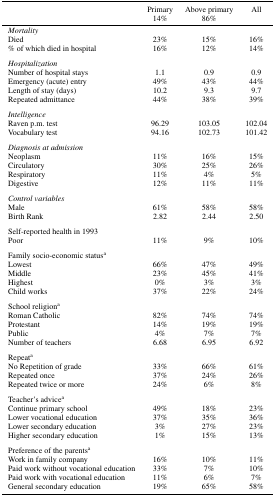
<table><thead><tr><td></td><td><b>Primary</b></td><td><b>Above primary</b></td><td><b>All</b></td></tr><tr><td></td><td><b>14%</b></td><td><b>86%</b></td><td></td></tr></thead><tbody><tr><td><i>Mortality</i></td><td></td><td></td><td></td></tr><tr><td>Died</td><td>23%</td><td>15%</td><td>16%</td></tr><tr><td>% of which died in hospital</td><td>16%</td><td>12%</td><td>14%</td></tr><tr><td><i>Hospitalization</i></td><td></td><td></td><td></td></tr><tr><td>Number of hospital stays</td><td>1.1</td><td>0.9</td><td>0.9</td></tr><tr><td>Emergency (acute) entry</td><td>49%</td><td>43%</td><td>44%</td></tr><tr><td>Length of stay (days)</td><td>10.2</td><td>9.3</td><td>9.7</td></tr><tr><td>Repeated admittance</td><td>44%</td><td>38%</td><td>39%</td></tr><tr><td><i>Intelligence</i></td><td></td><td></td><td></td></tr><tr><td>Raven p.m. test</td><td>96.29</td><td>103.05</td><td>102.04</td></tr><tr><td>Vocabulary test</td><td>94.16</td><td>102.73</td><td>101.42</td></tr><tr><td><i>Diagnosis at admission</i></td><td></td><td></td><td></td></tr><tr><td>Neoplasm</td><td>11%</td><td>16%</td><td>15%</td></tr><tr><td>Circulatory</td><td>30%</td><td>25%</td><td>26%</td></tr><tr><td>Respiratory</td><td>11%</td><td>4%</td><td>5%</td></tr><tr><td>Digestive</td><td>12%</td><td>11%</td><td>11%</td></tr><tr><td><i>Control variables</i></td><td></td><td></td><td></td></tr><tr><td>Male</td><td>61%</td><td>58%</td><td>58%</td></tr><tr><td>Birth Rank</td><td>2.82</td><td>2.44</td><td>2.50</td></tr><tr><td>Self‐reported health in 1993</td><td></td><td></td><td></td></tr><tr><td>Poor</td><td>11%</td><td>9%</td><td>10%</td></tr><tr><td>Family socio‐economic statusa</td><td></td><td></td><td></td></tr><tr><td>Lowest</td><td>66%</td><td>47%</td><td>49%</td></tr><tr><td>Middle</td><td>23%</td><td>45%</td><td>41%</td></tr><tr><td>Highest</td><td>0%</td><td>3%</td><td>3%</td></tr><tr><td>Child works</td><td>37%</td><td>22%</td><td>24%</td></tr><tr><td>School religiona</td><td></td><td></td><td></td></tr><tr><td>Roman Catholic</td><td>82%</td><td>74%</td><td>74%</td></tr><tr><td>Protestant</td><td>14%</td><td>19%</td><td>19%</td></tr><tr><td>Public</td><td>4%</td><td>7%</td><td>7%</td></tr><tr><td>Number of teachers</td><td>6.68</td><td>6.95</td><td>6.92</td></tr><tr><td>Repeata</td><td></td><td></td><td></td></tr><tr><td>No Repetition of grade</td><td>33%</td><td>66%</td><td>61%</td></tr><tr><td>Repeated once</td><td>37%</td><td>24%</td><td>26%</td></tr><tr><td>Repeated twice or more</td><td>24%</td><td>6%</td><td>8%</td></tr><tr><td>Teacher&#x27;s advicea</td><td></td><td></td><td></td></tr><tr><td>Continue primary school</td><td>49%</td><td>18%</td><td>23%</td></tr><tr><td>Lower vocational education</td><td>37%</td><td>35%</td><td>36%</td></tr><tr><td>Lower secondary education</td><td>3%</td><td>27%</td><td>23%</td></tr><tr><td>Higher secondary education</td><td>1%</td><td>15%</td><td>13%</td></tr><tr><td>Preference of the parentsa</td><td></td><td></td><td></td></tr><tr><td>Work in family company</td><td>16%</td><td>10%</td><td>11%</td></tr><tr><td>Paid work without vocational education</td><td>33%</td><td>7%</td><td>10%</td></tr><tr><td>Paid work with vocational education</td><td>11%</td><td>6%</td><td>7%</td></tr><tr><td>General secondary education</td><td>19%</td><td>65%</td><td>58%</td></tr></tbody></table>